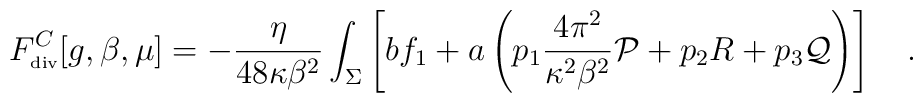
F^C_{\tiny\mbox{div}}[g,\beta,\mu]=-{\eta \over 48\kappa \beta^2}\int_{\Sigma}\left[b f_1 + a \left(p_1{4\pi^2 \over \kappa^2\beta^2} {\cal P} +p_2 R+p_3 {\cal Q}\right)\right]~~~.